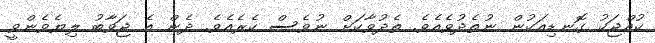
ކުއްޖަކު ގޮނޑިއަކުން ނުތެދުވެއެވެ. ތެދުވާކަށް ނުވެސް ކެރެއެވެ. ދެން އެ ޖަވާބު ލިޔެވެންވީ